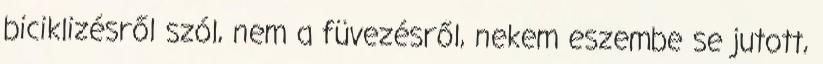
biciklizésről szól, nem a füvezésről, nekem eszembe se jutott,